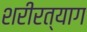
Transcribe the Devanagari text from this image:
शरीरत्याग